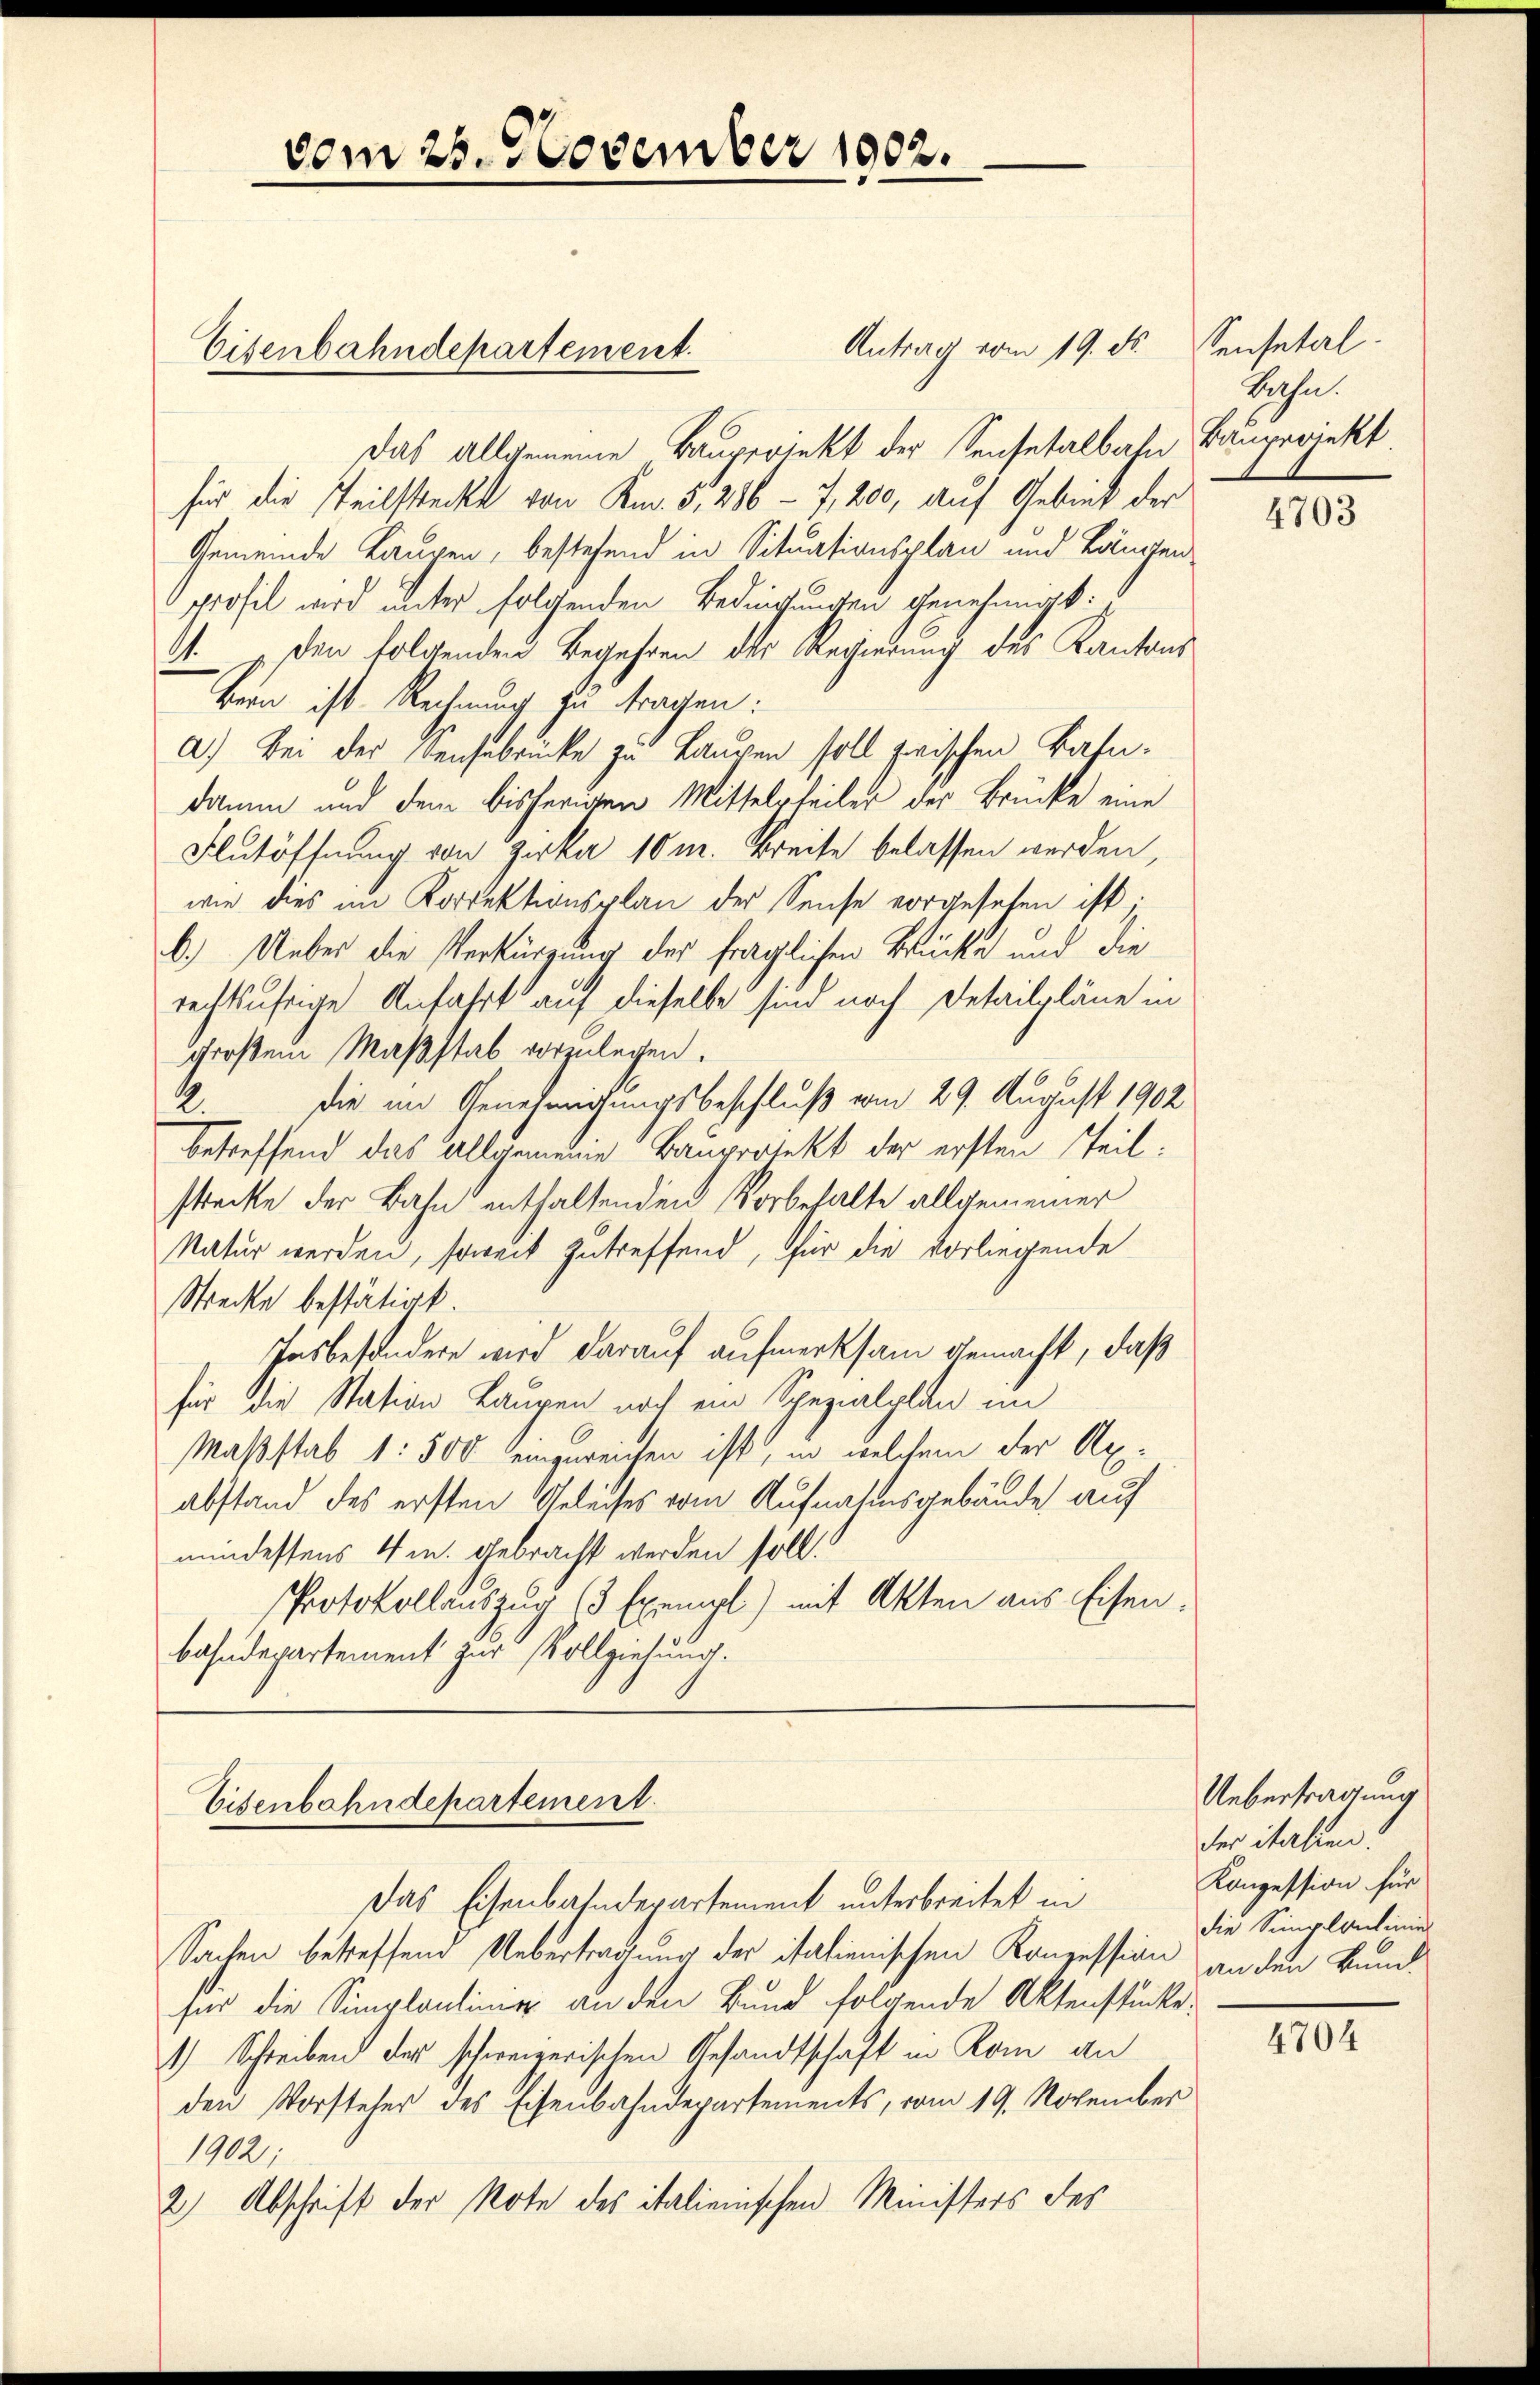
vom 25. November 1902.

Antrag vom 19. ds. Sensetal.
Das allgemeine Bauperiekt der Sensetalbahn Bauprojekt.
für die Teilsteckt von Km. 5, 286 - 7,200, auf Gebiet der
Gemeinde Langen, bestehend in Situationsplan und Längen
profil wird unter folgenden Bedingungen genehmigt:
11. den folgenden Begehren des Regierung des Kantons
Bern ist Rechnung zu tragen:
a.) Bei der Sensabrücke zu Lauren soll zwischen Bahndamen und dem bisherigen Mittelsteiler der Brücke eine
Autöffnung von Zirka 10 m. Kreise belassen werden,
wie dies im Korrektionsplan der Sense vorgesehen ist;
b.) Ueber die Verkürzung der fraglichen Brücke und die
rechtsufrige Anfahrt auf dieselbe sind noch Detailpläne in
großem Maßstab vorzulegen.
2 die im Genehmigungsbeschluß vom 29. August 1902
betreffend das Allgemeine Bauprotekt der ersten Teilstrecke der Bahn enthaltenden Vorbehalte allgemeiner
Natur werden, soweit zutreffend, für die vorliegende
Strecke bestätigt
Insbesondere wird darauf aufmerksam gemacht, daß
für die Station Laupen noch ein Spezialplan im
Maßstab 1: 500 einzureichen ist, in welchem der Axabstand des ersten Geleises vom Aufnahmsgebäude auf
mindestens 4 m. gebracht werden soll.
Protokollauszug (3 Exempl) mit Akten aus Eisen.
bahndepartement zur Vollziehung.

Eisenbahndepartement.

Eisenbahndepartement.

Das Eisenbahndepartement unterbreitet in
Sachen betreffend Uebertragung der italienischen Konzession an den Bundfür die Simplontinig an den Bund folgende Aktenstücke
1) Schreiben der schweizerischen Gesandtschaft in Kam an
den Vorsteher des Eisenbahndepartements, vom 19. November
1902;
2) Abschrift der Note des italienischen Ministers des

Rahn.

4703

Uebertragung
der italien.
Konzession für
die Simploulinier

4704